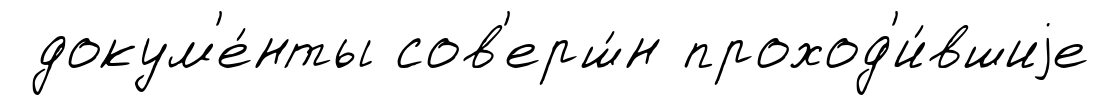
докум'е́нты сов'ерш́н проход'и́вшиjе